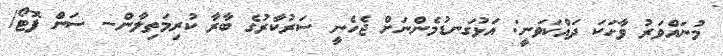
މުނައްވަރު ވާހަކަ ދައްކަވަނީ: އަޅުގަނޑުމެންނަށް ޖެހެނީ ސަރުކާރުގެ ބާރާ ކުރިމަތިލާން-- ސަން ފޮޓޯ/